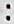
: